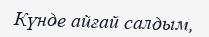
Күнде айғай салдым,